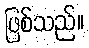
ဖြစ်သည်။